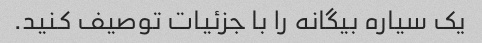
یک سیاره بیگانه را با جزئیات توصیف کنید.